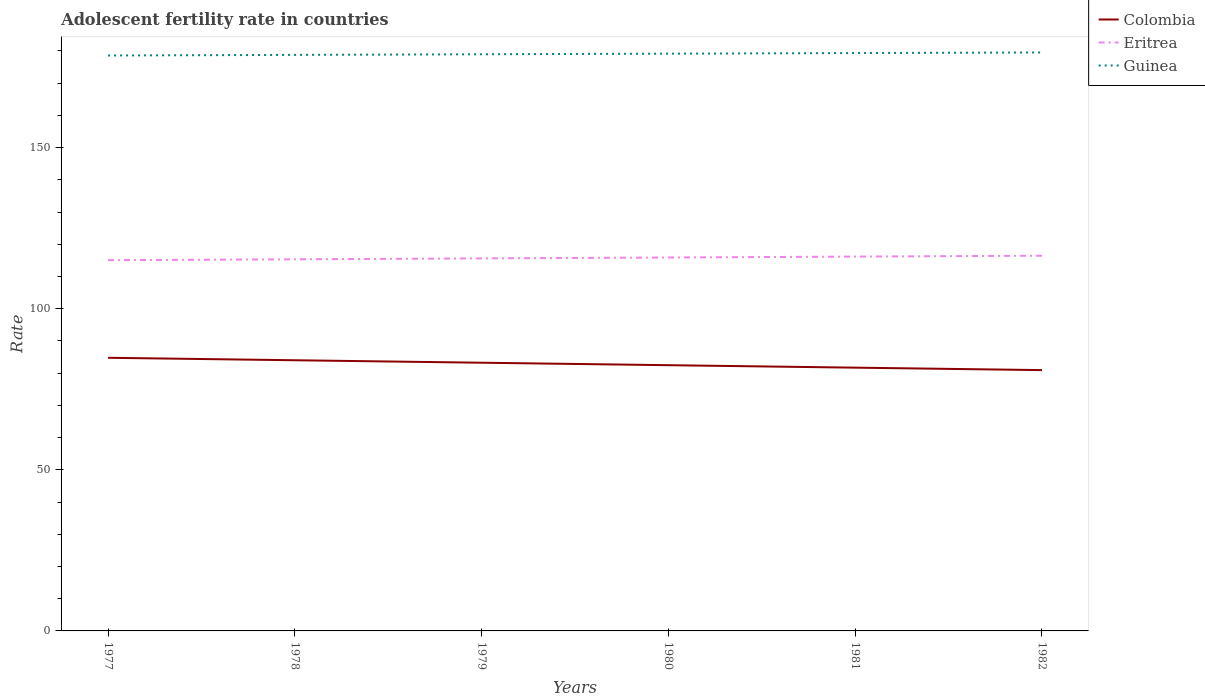
| Years | Colombia | Eritrea | Guinea |
 | --- | --- | --- | --- |
 | 1977 | 84.8 | 115 | 179 |
 | 1978 | 84 | 115 | 179 |
 | 1979 | 83.2 | 116 | 179 |
 | 1980 | 82.5 | 116 | 179 |
 | 1981 | 81.7 | 116 | 179 |
 | 1982 | 80.9 | 116 | 180 |